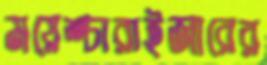
ময়েশ্চারাইজারের